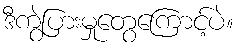
ဒီကွဲပြားမှုတွေကြောင့်ပဲ။